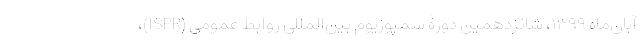
آبان‌ماه ۱۳۹۹، شانزدهمین دورۀ سمپوزیوم بین‌المللی روابط عمومی (ISPR)،